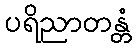
ပရိညာတန္တံ